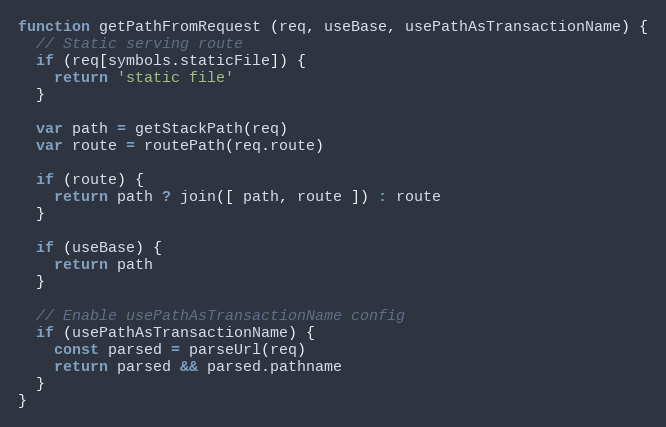
Language: JavaScript
function getPathFromRequest (req, useBase, usePathAsTransactionName) {
  // Static serving route
  if (req[symbols.staticFile]) {
    return 'static file'
  }

  var path = getStackPath(req)
  var route = routePath(req.route)

  if (route) {
    return path ? join([ path, route ]) : route
  }

  if (useBase) {
    return path
  }

  // Enable usePathAsTransactionName config
  if (usePathAsTransactionName) {
    const parsed = parseUrl(req)
    return parsed && parsed.pathname
  }
}